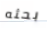
بحثه